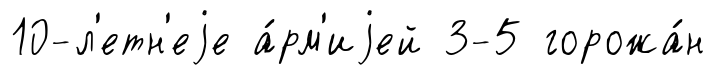
10-л'етн'еjе а́рм'иjей 3-5 горожа́н